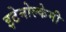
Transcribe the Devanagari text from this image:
इटेनोल्केमी